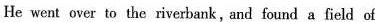
He went over ta the riverbank, and found a field of